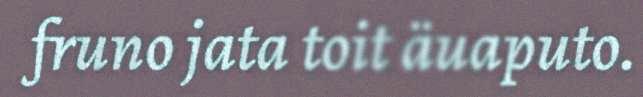
fruno jata toit äuaputo.